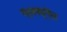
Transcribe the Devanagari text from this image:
ऍसक्यूऍल